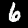
Label: 6